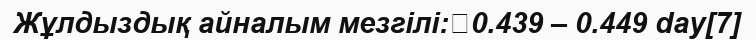
Жұлдыздық айналым мезгілі:	0.439 – 0.449 day[7]